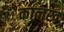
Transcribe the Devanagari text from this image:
कालख